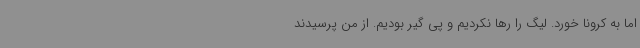
اما به کرونا خورد. لیگ را رها نکردیم و پی گیر بودیم. از من پرسیدند